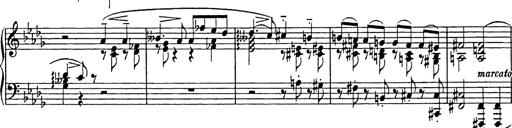
Title: Consolations
Composer: Franz Liszt